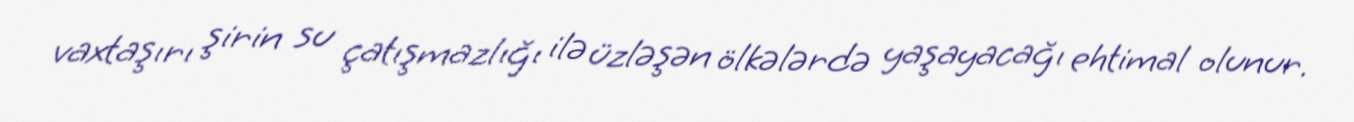
vaxtaşırı şirin su çatışmazlığı ilə üzləşən ölkələrdə yaşayacağı ehtimal olunur.